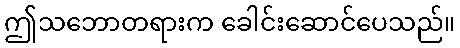
ဤသဘောတရားက ခေါင်းဆောင်ပေသည်။